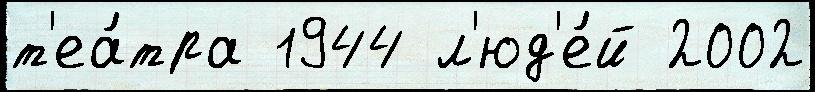
т'еа́тра 1944 л'юд'е́й 2002